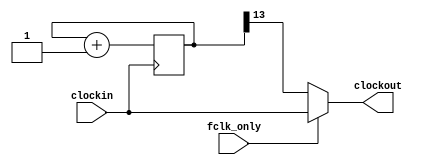
module clk_2n_div_test  #(parameter n=13) (
   input wire clockin, 
   input wire fclk_only,   
   output reg clockout);  

    reg [n:0] count; 

    always@(posedge clockin) 
    begin 
        count <= count + 1; 
    end 

    always @ (*)
    begin
       if (fclk_only == 1)
          clockout = clockin; 
       else
          clockout = count[n]; 
    end
	
endmodule